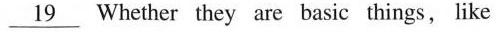
\underline{19} Whether they are basic things, like